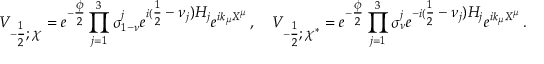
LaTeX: V _ { - \textstyle { \frac { 1 } { 2 } } ; \chi } = e ^ { - \textstyle { \frac { \phi } { 2 } } } \prod _ { j = 1 } ^ { 3 } \sigma _ { 1 - \nu } ^ { j } e ^ { i ( \textstyle { \frac { 1 } { 2 } } - \nu _ { j } ) H _ { j } } e ^ { i k _ { \mu } X ^ { \mu } } \, , \ \ \ V _ { - \textstyle { \frac { 1 } { 2 } } ; \chi ^ { * } } = e ^ { - \textstyle { \frac { \phi } { 2 } } } \prod _ { j = 1 } ^ { 3 } \sigma _ { \nu } ^ { j } e ^ { - i ( \textstyle { \frac { 1 } { 2 } } - \nu _ { j } ) H _ { j } } e ^ { i k _ { \mu } X ^ { \mu } } \, .